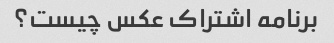
برنامه اشتراک عکس چیست؟